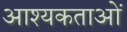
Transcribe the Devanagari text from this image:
आश्यकताओं